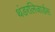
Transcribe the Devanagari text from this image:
थंडरलिजार्डस